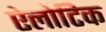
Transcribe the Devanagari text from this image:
ऐलोटिक